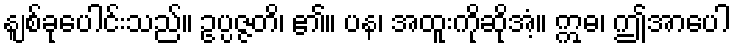
နျစ်ခုပေါင်းသည်။ ဥပ္ပဇ္ဇတိ၊ ၏။ ပန၊ အထူးကိုဆိုအံ့။ ဣဓ၊ ဤအာပေါ